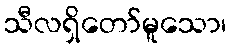
သီလရှိတော်မူသော၊